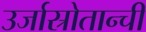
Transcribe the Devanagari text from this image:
उर्जास्रोतान्ची